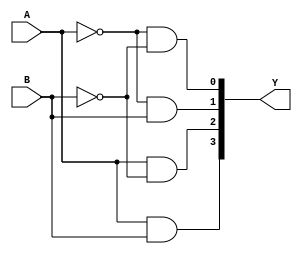
/* data flow, use assign only */
module dec2to4_d(Y, A, B);
    input           A, B;   
    output  [3:0]   Y;
//---------------------------------
// reg and wire declaration
//---------------------------------
    wire     [3:0]   Y;
//---------------------------------
//     DESIGN
//---------------------------------
    assign  Y[0] = ~A & ~B;
    assign  Y[1] = ~A & B; 
    assign  Y[2] = A & ~B; 
    assign  Y[3] = A & B;
endmodule